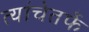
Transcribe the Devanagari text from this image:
त्यांचेतर्फे